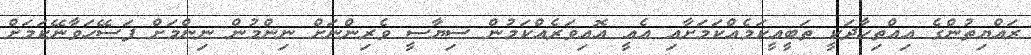
ރައްޔިތުންގެ އިއްތިހާދަކީ ތަބީއީކަމެއްކަމަށާއި އެއީ އޮއިވަރެއްކަމުން ސިޔާސީ ވެރިންނަށް ނިންމުން ނިންމަށް ފަސޭހަވާނޭކަމަށް